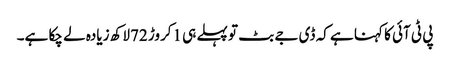
پی ٹی آئی کا کہنا ہے کہ ڈی جے بٹ تو پہلے ہی 1کروڑ 72لاکھ زیادہ لے چکا ہے۔